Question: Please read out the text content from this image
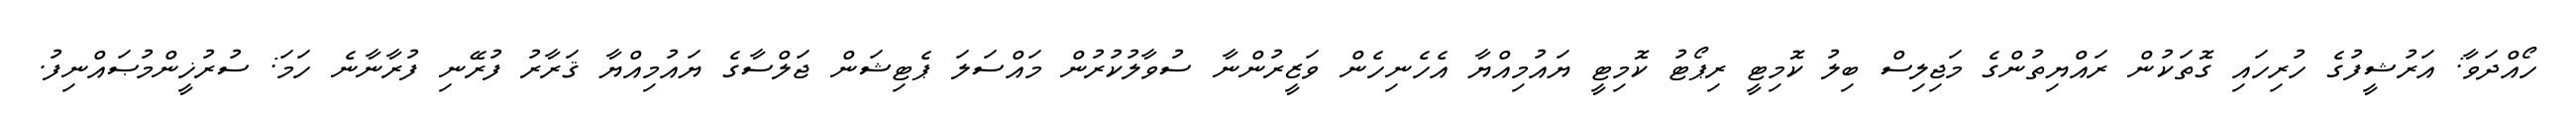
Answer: ހޯއްދަވާ: އަރުޝީފުގެ ހުރިހައި ގޮތަކުން ރައްޔިތުންގެ މަޖިލިސް ބިލު ކޮމިޓީ ރިޕޯޓު ކޮމިޓީ ޔައުމިއްޔާ އެހެނިހެން ވަޒީރުންނާ ސުވާލުކުރުން މައްސަލަ ޕެޓިޝަން ޖަލްސާގެ ޔައުމިއްޔާ ޤަރާރު ފުރޭނި ފުރާނާނެ ހަމަ: ސުރުޚީންމުޞައްނިފު.